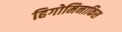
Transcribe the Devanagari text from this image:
हिगोमिनाकिस